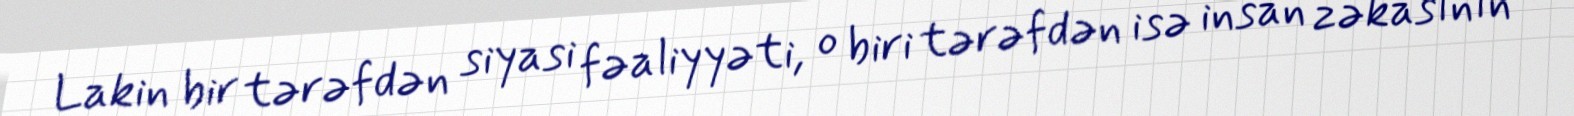
Lakin bir tərəfdən siyasi fəaliyyəti, o biri tərəfdən isə insan zəkasının